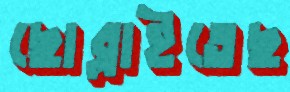
ছোব্‌লাইতেছ